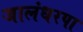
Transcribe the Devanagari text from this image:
जालंधरपा